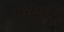
મરોડદાર